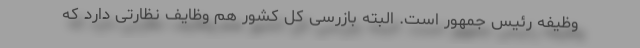
وظیفه رئیس جمهور است. البته بازرسی کل کشور هم وظایف نظارتی دارد که